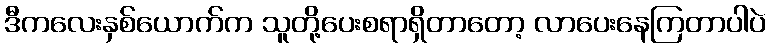
ဒီကလေးနှစ်ယောက်က သူတို့ပေးစရာရှိတာတော့ လာပေးနေကြတာပါပဲ